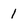
Character: l